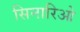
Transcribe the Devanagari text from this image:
सिनारिओ